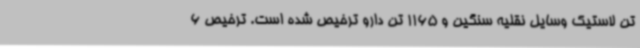
تن لاستیک وسایل نقلیه سنگین و 1165 تن دارو ترخیص شده است. ترخیص 6